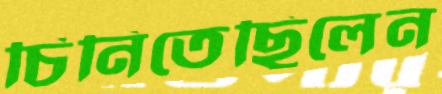
চিনিতেছিলেন